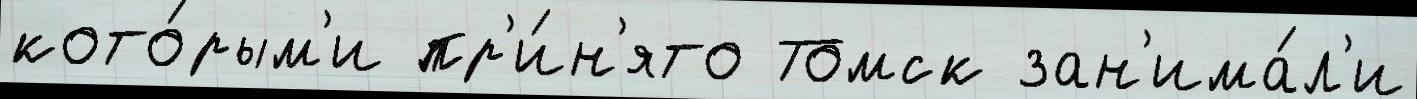
кото́рым'и пр'и́н'ято Томск зан'има́л'и